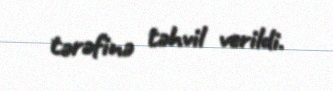
tərəfinə təhvil verildi.